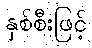
နှစ်စီးဖြင့်